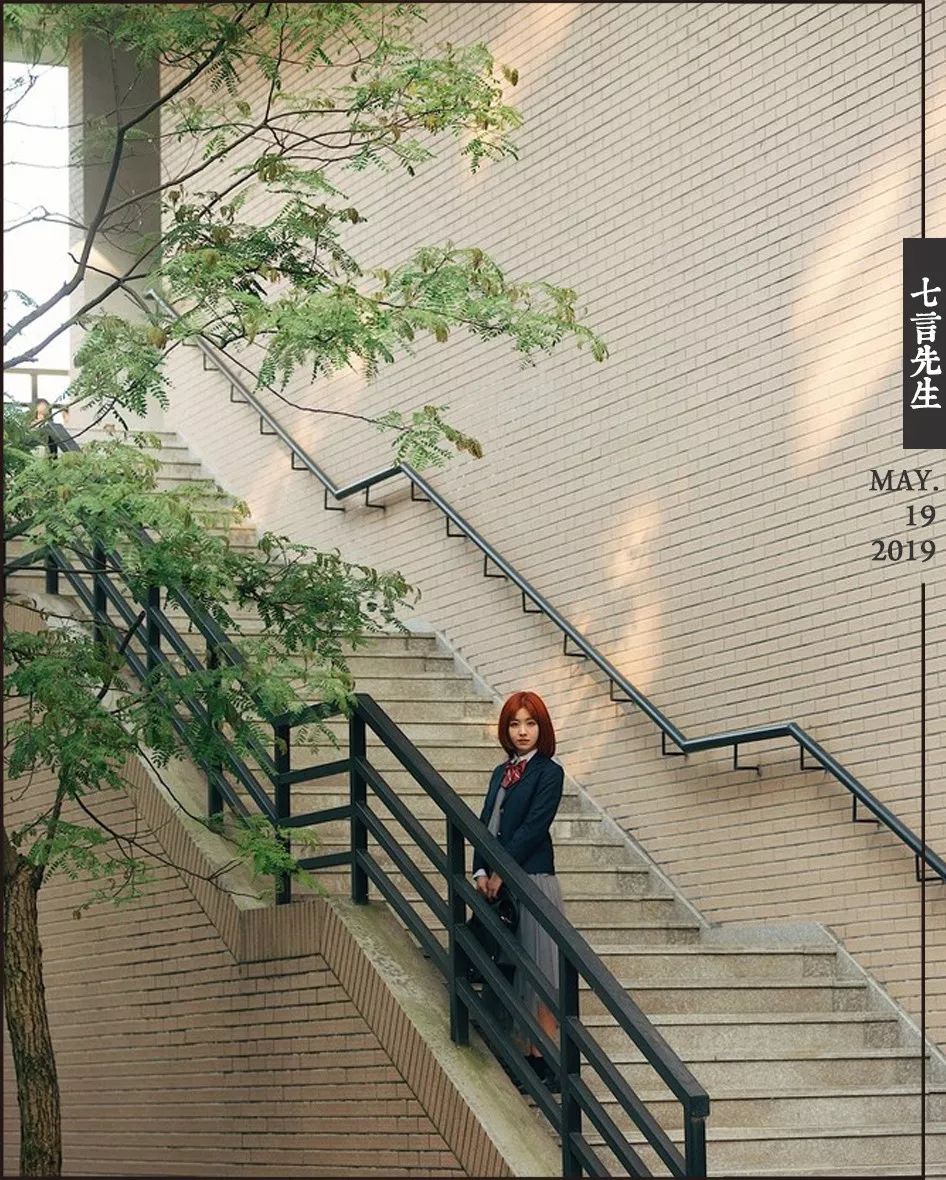
得不为喜，去不为恨。